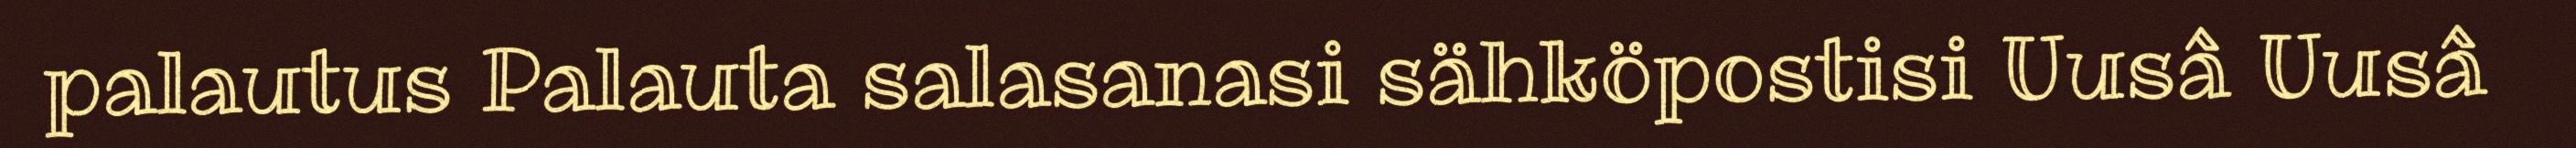
palautus Palauta salasanasi sähköpostisi Uusâ Uusâ